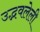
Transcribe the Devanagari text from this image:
उद्भवलेली